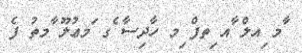
ާމ ިއލް ާއ ިތފް ިމ ހާދިސާ ެގ ަމޢުލޫ ާމތު ފެ